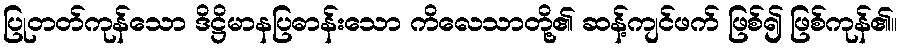
ပြုတတ်ကုန်သော ဒိဋ္ဌိမာနပြဓာန်းသော ကိလေသာတို့၏ ဆန့်ကျင်ဖက် ဖြစ်၍ ဖြစ်ကုန်၏။